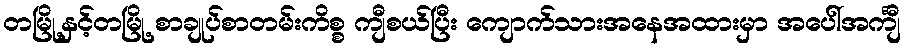
တမြို့နှင့်တမြို့ စာချုပ်စာတမ်းကိစ္စ ကျီစယ်ပြီး ကျောက်သားအနေအထားမှာ အပေါ်အင်္ကျီ